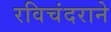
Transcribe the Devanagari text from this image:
रविचंदराने